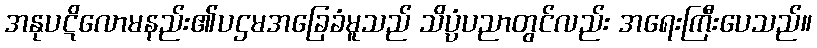
အနုပဋိလောမနည်း၏ပဌမအခြေခံမူသည် သိပ္ပံပညာတွင်လည်း အရေးကြီးပေသည်။